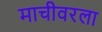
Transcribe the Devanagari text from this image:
माचीवरला